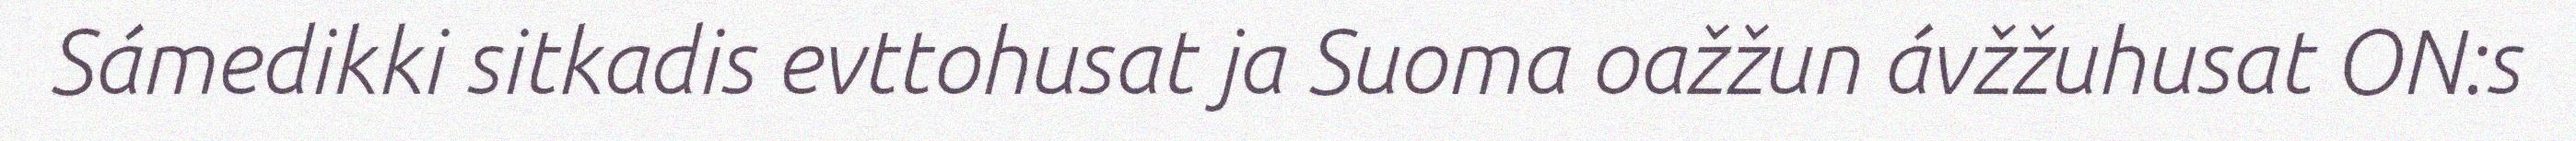
Sámedikki sitkadis evttohusat ja Suoma oažžun ávžžuhusat ON:s